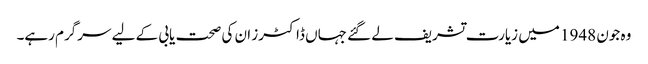
وہ جون 1948 میں زیارت تشریف لے گئے جہاں ڈاکٹرز ان کی صحت یابی کے لیے سرگرم رہے۔